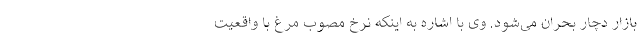
بازار دچار بحران می‌شود. وی با اشاره به اینکه نرخ مصوب مرغ با واقعیت